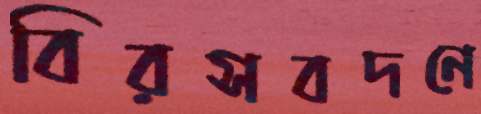
বিরসবদনে